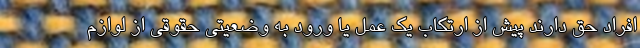
افراد حق دارند پیش از ارتکاب یک عمل یا ورود به وضعیتی حقوقی از لوازم